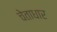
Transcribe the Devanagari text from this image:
चेताधार